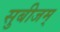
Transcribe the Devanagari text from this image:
सुबीजम्